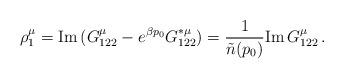
LaTeX: \begin{align*} \rho^\mu_1 = {\rm Im\,} (G_{122}^\mu - e^{\beta p_0}G_{122}^{*\mu}) = {1\over \tilde n(p_0)} {\rm Im\, } G_{122}^\mu \, .\end{align*}